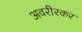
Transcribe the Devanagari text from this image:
अवरीरकर